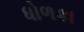
ધોળકા